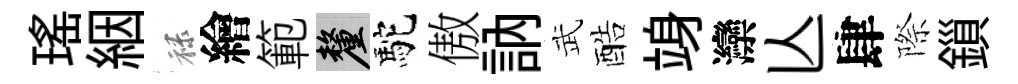
瑤絪禄繪範厘駝傲訥武酷竧灤亾肆際鎻